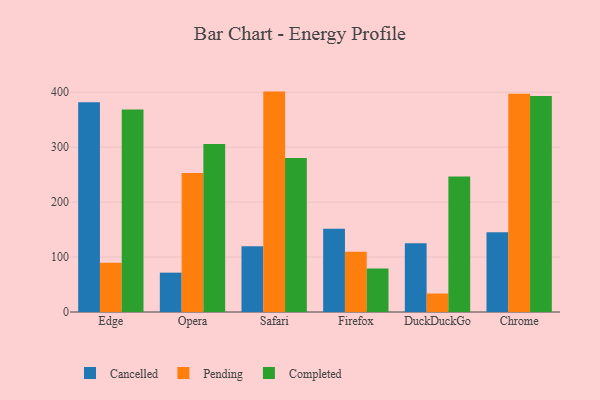
{"axis": {"x": "Browser", "y": "Tickets Resolved"}, "legend": ["Cancelled", "Completed", "Pending"], "data": [{"x": "Edge", "y": 381.5, "type": "Cancelled"}, {"x": "Edge", "y": 89.5, "type": "Pending"}, {"x": "Edge", "y": 368.6, "type": "Completed"}, {"x": "Opera", "y": 71.6, "type": "Cancelled"}, {"x": "Opera", "y": 252.7, "type": "Pending"}, {"x": "Opera", "y": 305.8, "type": "Completed"}, {"x": "Safari", "y": 119.6, "type": "Cancelled"}, {"x": "Safari", "y": 401.0, "type": "Pending"}, {"x": "Safari", "y": 280.3, "type": "Completed"}, {"x": "Firefox", "y": 151.5, "type": "Cancelled"}, {"x": "Firefox", "y": 109.5, "type": "Pending"}, {"x": "Firefox", "y": 79.2, "type": "Completed"}, {"x": "DuckDuckGo", "y": 125.2, "type": "Cancelled"}, {"x": "DuckDuckGo", "y": 33.6, "type": "Pending"}, {"x": "DuckDuckGo", "y": 246.6, "type": "Completed"}, {"x": "Chrome", "y": 145.0, "type": "Cancelled"}, {"x": "Chrome", "y": 397.2, "type": "Pending"}, {"x": "Chrome", "y": 393.1, "type": "Completed"}]}